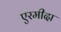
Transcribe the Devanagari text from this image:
एरमीदा